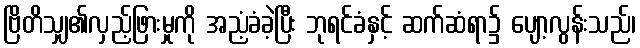
ဗြိတိသျှ၏လှည့်ဖြားမှုကို အညံ့ခံခဲ့ပြီး ဘုရင်ခံနှင့် ဆက်ဆံရာ၌ ပျော့လွန်းသည်၊